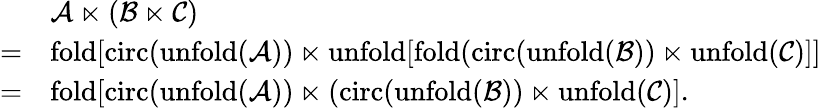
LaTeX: \begin{array}{rl}&{\mathcal{A}\ltimes\left(\mathcal{B}\ltimes\mathcal{C}\right)}\\ {=}&{\mathrm{fold}[\mathrm{circ}(\mathrm{unfold}(\mathcal{A}))\ltimes\mathrm{unfold}[\mathrm{fold}(\mathrm{circ}(\mathrm{unfold}(\mathcal{B}))\ltimes\mathrm{unfold}(\mathcal{C})]]}\\ {=}&{\mathrm{fold}[\mathrm{circ}(\mathrm{unfold}(\mathcal{A}))\ltimes(\mathrm{\mathrm{circ}}(\mathrm{unfold}(\mathcal{B}))\ltimes\mathrm{unfold}(\mathcal{C})].}\end{array}